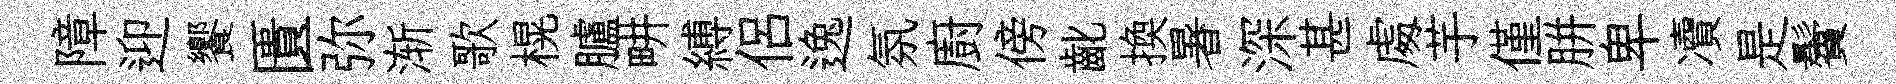
障迎饗匱弥渐歌榥臚畊縛侣逸氛廚傍齔換暑深甚䖏芋僅胼卑凟是鬢